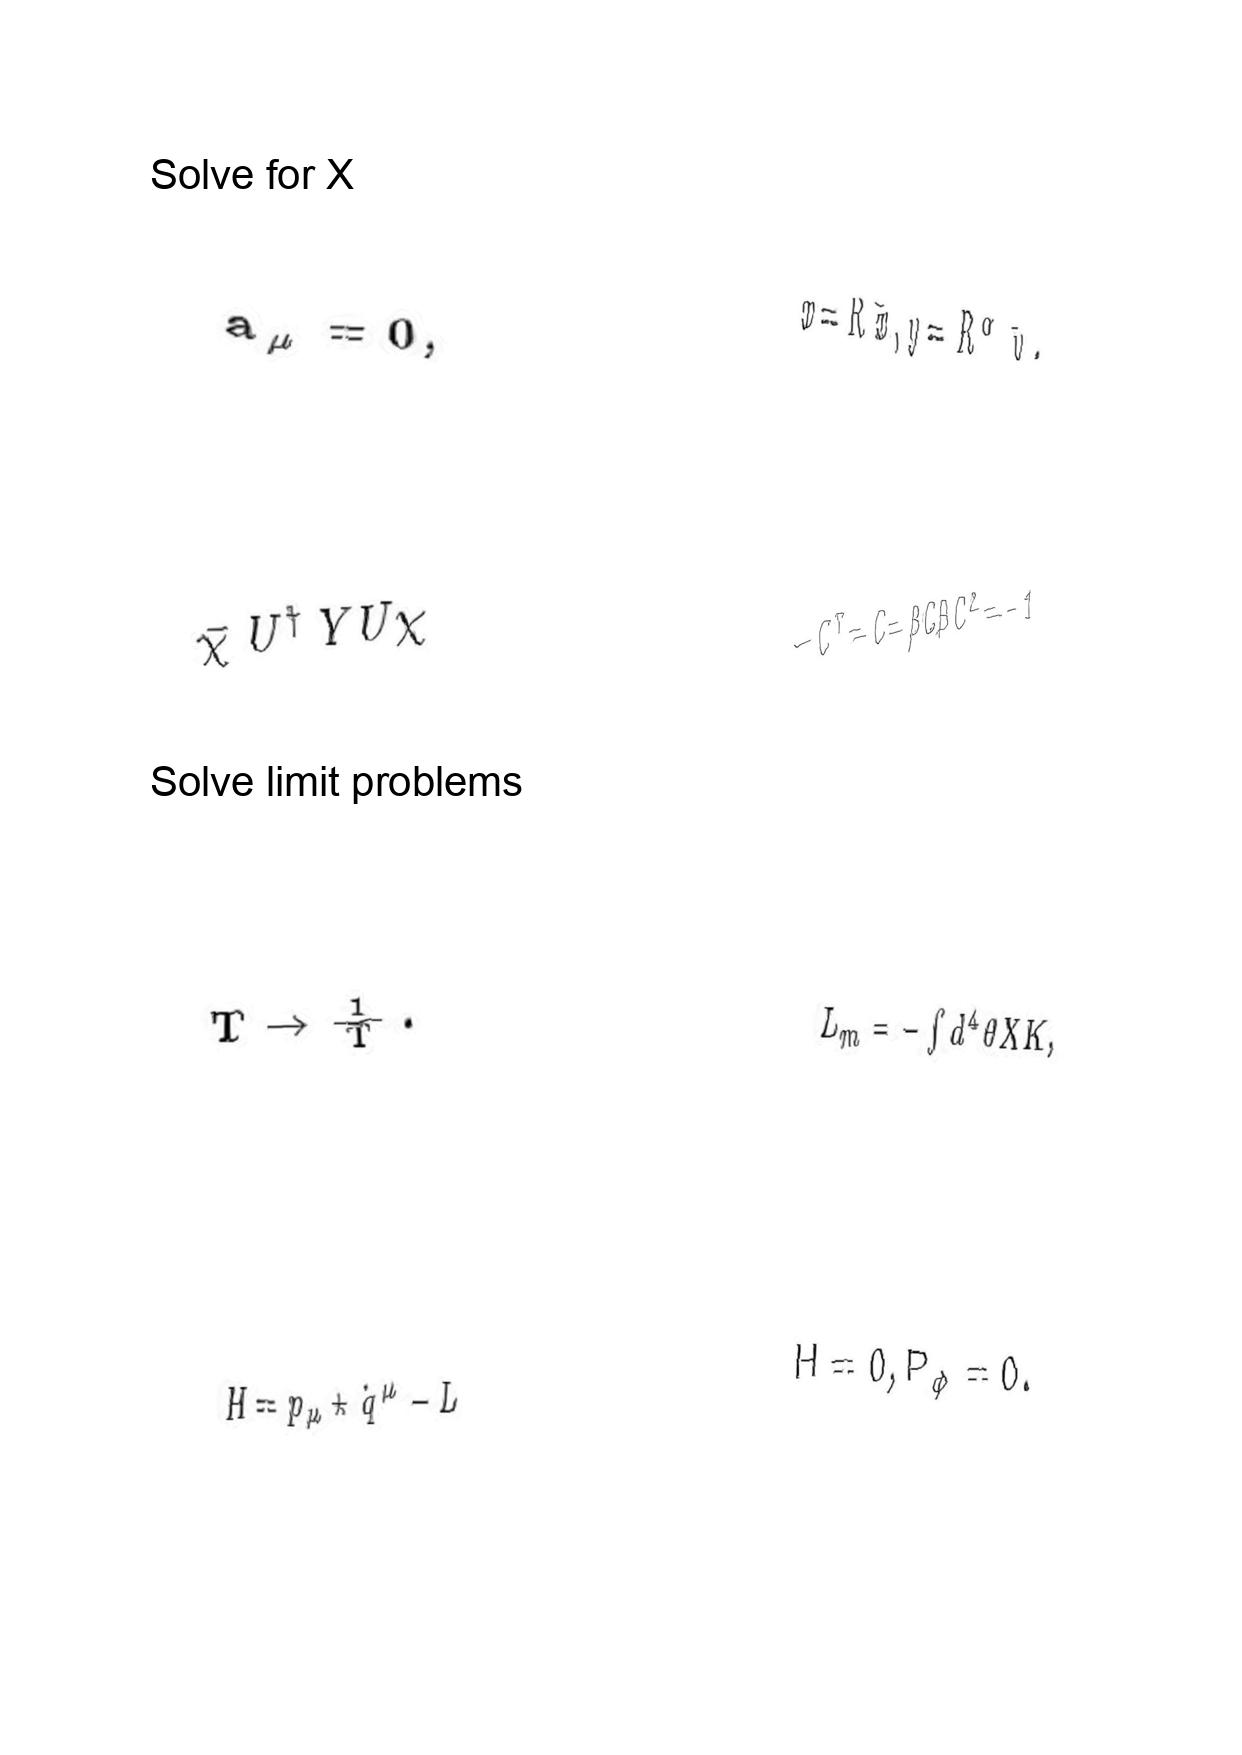
LaTeX transcription:
a _ { \mu } = 0 ,
\bar { \chi } U ^ { \dag } Y U \chi
T \rightarrow \frac { 1 } { T } .
H = p _ { \mu } \star \dot { q } ^ { \mu } - L
x = R \bar { x } , y = R ^ { \alpha } \bar { y } .
- C ^ { T } = C = \beta C \beta C ^ { 2 } = - 1
L _ { m } = - \int d ^ { 4 } \theta X K ,
H = 0 , P _ { \phi } = 0 .